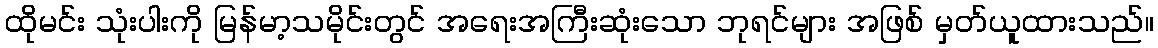
ထိုမင်း သုံးပါးကို မြန်မာ့သမိုင်းတွင် အရေးအကြီးဆုံးသော ဘုရင်များ အဖြစ် မှတ်ယူထားသည်။